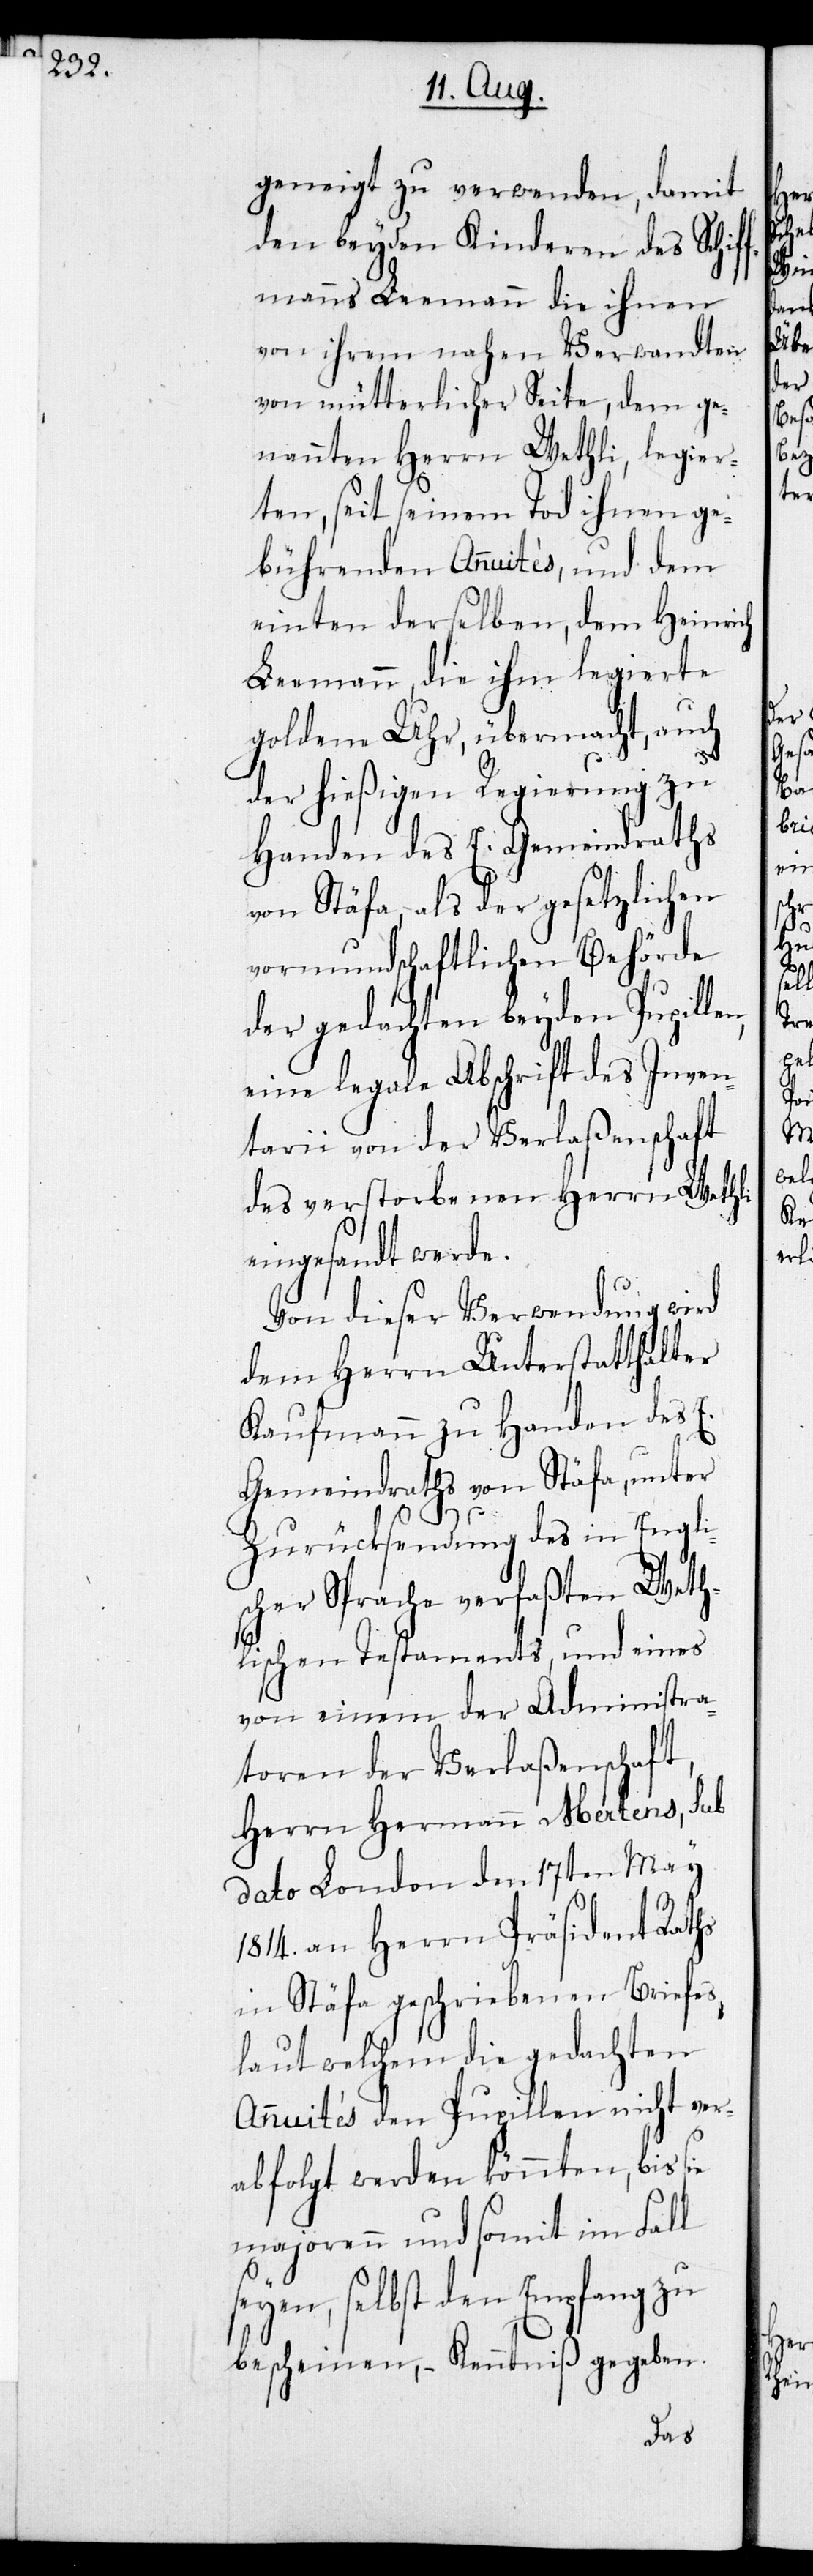
n,

geneigt zu verwenden, damit
den beyden Kinderen des Schif¬
fmanns Leemann die ihnen
von ihrem nahen Verwandten
von mütterlicher Seite, dem ge¬
nannten Herrn Wethli, legier¬
ten, seit seinem Tod ihnen ge¬
bührenden Annuités, und dem
einten derselben, dem Heinrich
Leemann, die ihm legierte
goldene Uhr, übermacht, auch
der hießigen Regierung zu
Handen des E. Gemeindraths
von Stäfa, als der gesetzlichen
vormundschaftlichen Behörde
der gedachten beyden Pupille¬
eine legale Abschrift des Inven¬
tarii von der Verlaßenschaft
des verstorbenen Herrn Wethli
eingesandt werde.
Von dieser Verwendung wird
dem Herrn Unterstatthalter
Kaufmann zu Handen des E.
Gemeindraths von Stäfa, unter
Zurücksendung des in Engli¬
scher Sprache verfaßten Weth¬
lischen Testaments, und eines
von einem der Administra¬
toren der Verlaßenschaft,
Herrn Hermann Mertens, sub
dato London den 17ten May
1814. an Herrn Präsident Raths
in Stäfa geschriebenen Briefes,
laut welchem die gedachten
Annutés den Pupillen nicht ver¬
abfolgt werden könnten, bis
majorenn und somit im Fall
seyen, selbst den Empfang zu
bescheinen, – Kenntniß gegeben.